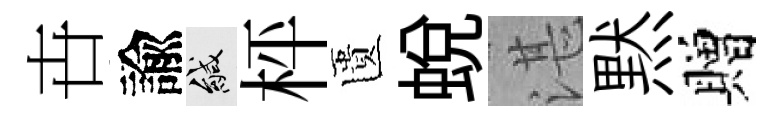
卋諭緘枰匱蜕湛黙贈